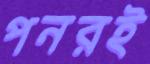
পনরই